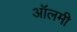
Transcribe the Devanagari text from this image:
ऑलमी